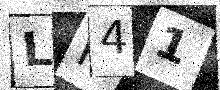
Text: LR41